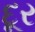
દૂર